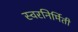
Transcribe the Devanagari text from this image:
स्वरनिर्मिती